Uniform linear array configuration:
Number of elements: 4
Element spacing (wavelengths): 0.75
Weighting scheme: hann
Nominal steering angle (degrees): -45
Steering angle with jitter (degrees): -44.757
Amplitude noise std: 0.05
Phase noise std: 0.05

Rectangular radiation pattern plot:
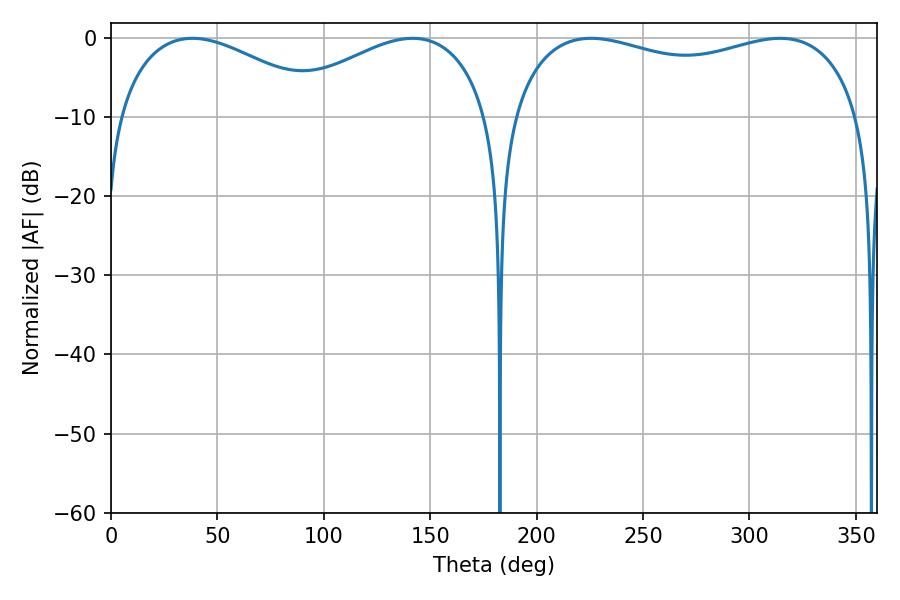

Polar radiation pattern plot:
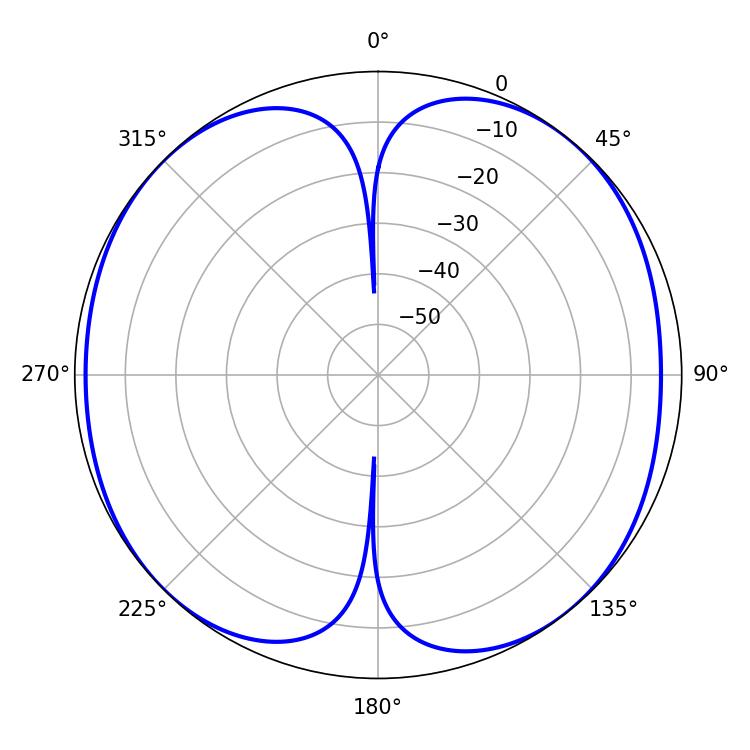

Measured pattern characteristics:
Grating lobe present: TRUE
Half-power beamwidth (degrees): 135
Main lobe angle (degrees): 225.54